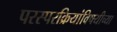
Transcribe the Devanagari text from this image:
परस्परक्रियांविषयीच्या